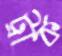
ট্রাক